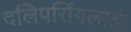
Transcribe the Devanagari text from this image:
दलिपसिंगलाही